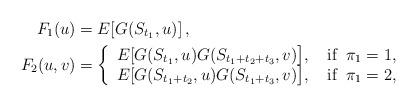
LaTeX: \begin{align*}F_1(u) &= E[G(S_{t_1},u)] \,, \\F_2(u,v) &= \left\{\begin{array}{ll}E[G(S_{t_1},u)G(S_{t_1+t_2+t_3},v)\big] , \; &\textrm{if} \;\; \pi_1=1, \\E[G(S_{t_1+t_2},u)G(S_{t_1+t_3},v)\big], \; & \textrm{if}\;\; \pi_1=2,\end{array}\right.\end{align*}